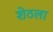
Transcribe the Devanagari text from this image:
शेठला